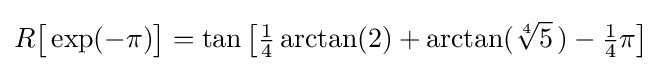
R{\bigl [}\exp(-\pi ){\bigr ]}=\tan {\bigl [}{\tfrac {1}{4}}\arctan(2)+\arctan({\sqrt[{4}]{5}}\,)-{\tfrac {1}{4}}\pi {\bigr ]}